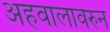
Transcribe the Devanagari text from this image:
अहवालावरुन